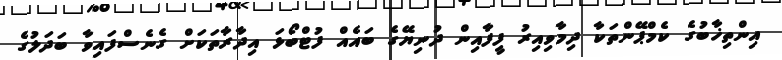
އިންތިޚާބުގެ ކެމްޕޭންތަކާ ދިމާވިއިރު ފީފާއިން ދުނިޔޭގެ ބައެއް ފުޓްބޯޅަ އިދާރާތަކަށް ގެނެސްފައިވާ ބަދަލުގެ